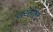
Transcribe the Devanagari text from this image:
ज़रतोश्त